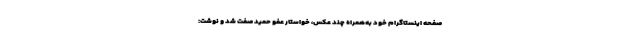
صفحه اینستاگرام خود به‌همراه چند عکس، خواستار عفو حمید صفت شد و نوشت: